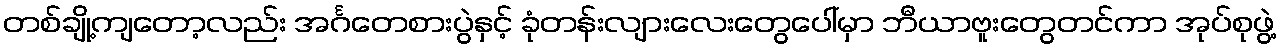
တစ်ချို့ကျတော့လည်း အင်္ဂတေစားပွဲနှင့် ခုံတန်းလျားလေးတွေပေါ်မှာ ဘီယာဗူးတွေတင်ကာ အုပ်စုဖွဲ့